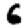
Digit: 6